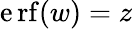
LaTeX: \operatorname{\mathrm{e}rf}(w)=z